Statistical return of the lunatic asylum in Assam - 1912-1932
Year: 1912
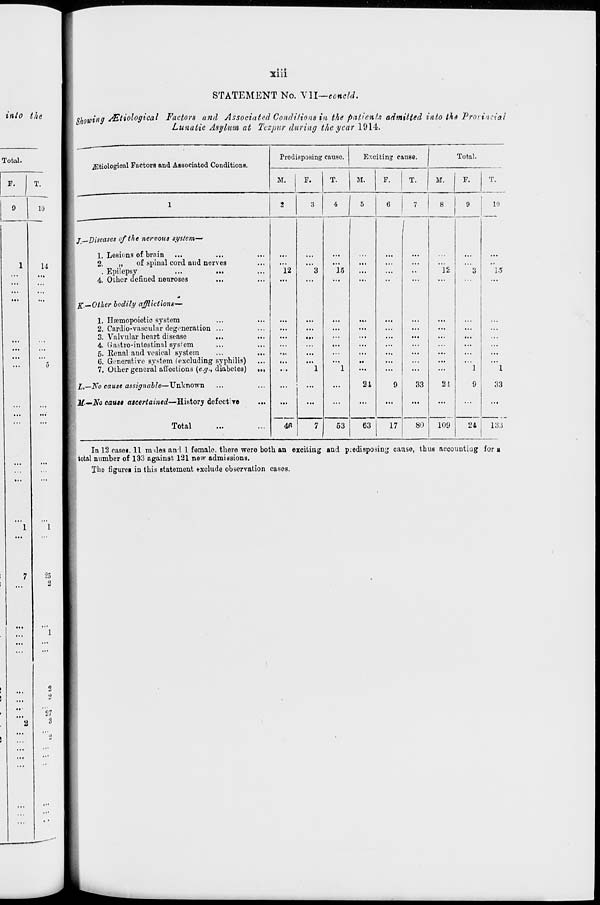
XI11
STATEMENT No. VU—eoncld.
into the
9
10
1
14
27
8
Showing Mtiological Factors and Associated Conditions in the patients admitted into th
Lunatic Asylum at Teepur during the year 1914.
e Provincial
jEtiological Factors and Associated C anditions.
Predisposing cause
Exciting cause.
Total.
M.
P.
T.
M.
F.
T.
M.
F.
T.
1
2
3
4
1 5
6
7
8
9
1
10
j—Diseases of the nervous system—'
1. Lesions of brain
2.
„
of spinal cord and ner
. Epilepsy
4. Other defined neuroses
K.—Other bodily afflictions—
1. Hcemopoietic system
2. Cardio-vascular degeneration
3. Valvular heart disease
4. Gastro-intestinal sysiem
5. Renal and vesical system
6. Generative system (excluding I
7. Other general affections (e.g., c
I,—No cause assignable—Unknown
2£-—No cause ascertained—History dei
ves
yphilis)
liabetes) ..
: ect're
..
12
4fi
•
"3
"l
15
1
21
9
I
...
33
*
12
21
3
1
9
•
15
' 1
33
Total
..
7
53 1 63
17
80
109
24
133
In 12 cases, 11 males and 1 female, there were both an exciting and predisposing cause, thus accounting for a
total number of 133 against 121 new admissions.
The figurei in this statement exclude observation cases.